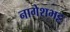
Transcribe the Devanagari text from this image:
नागेशभट्ट